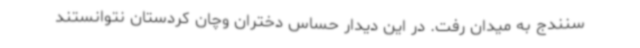
سنندج به میدان رفت. در این دیدار حساس دختران وچان کردستان نتوانستند